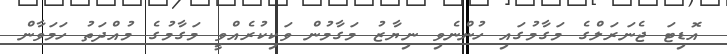
އޮޑިޓަ ޖެނަރަލްގެ މަގާމުގައި ހުންނެވި ނިޔާޒު މަގާމުން ވަކިކުރެއްވީ މަގާމުގެ މުއްދަތު ހަމަވާން